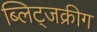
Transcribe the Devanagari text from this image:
ब्लिट्जक्रीग